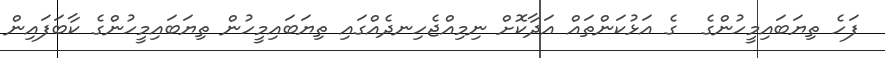
ފަހެ ތިޔަބައިމީހުންގެ  ގެ އަޅުކަންތައް އަދާކޮށް ނިމިއްޖެހިނދެއްގައި ތިޔަބައިމީހުން ތިޔަބައިމީހުންގެ ކާބަފައިން